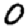
Digit: 0